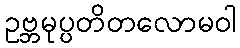
ဥဗ္ဘမုပ္ပတိတလောမဝါ